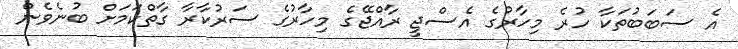
އެ ސަބަބުތަކާ ހުރެ މިހާރުގެ އެސްޖީ ރާއްޖޭގެ މިހާރުގެ ސަރުކާރާ ގާތްކަމަށް ބުނެވެން